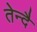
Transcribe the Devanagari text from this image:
तेन्दै